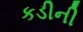
કડીની